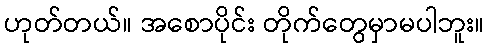
ဟုတ်တယ်။ အစောပိုင်း တိုက်တွေမှာမပါဘူး။